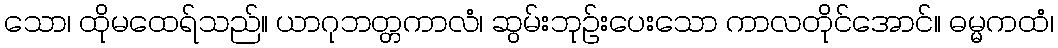
သော၊ ထိုမထေရ်သည်။ ယာဂုဘတ္တကာလံ၊ ဆွမ်းဘုဉ်းပေးသော ကာလတိုင်အောင်။ ဓမ္မကထံ၊